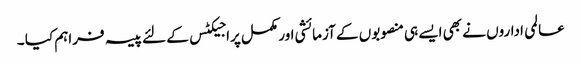
عالمی اداروں نے بھی ایسے ہی منصوبوں کے آزمائشی اور مکمل پراجیکٹس کے لئے پیسہ فراہم کیا ۔